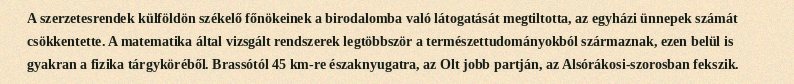
A szerzetesrendek külföldön székelő főnökeinek a birodalomba való látogatását megtiltotta, az egyházi ünnepek számát csökkentette. A matematika által vizsgált rendszerek legtöbbször a természettudományokból származnak, ezen belül is gyakran a fizika tárgyköréből. Brassótól 45 km-re északnyugatra, az Olt jobb partján, az Alsórákosi-szorosban fekszik.